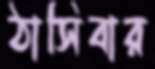
ঠাসিবার